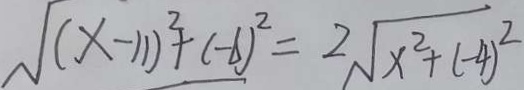
\sqrt { ( x - 1 1 ) ^ { 2 } + ( - b ) ^ { 2 } } = 2 \sqrt { x ^ { 2 } + ( - 4 ) ^ { 2 } }